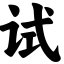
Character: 试